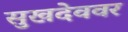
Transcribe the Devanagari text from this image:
सुखदेववर